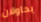
يحاولان